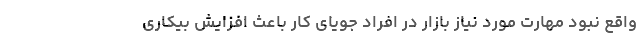
واقع نبود مهارت مورد نیاز بازار در افراد جویای کار باعث افزایش بیکاری